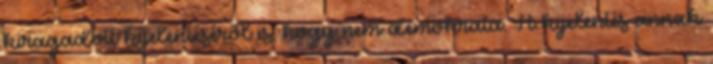
kiragadott kijelentéséről is, hogy nem demokrata. A kijelentés annak